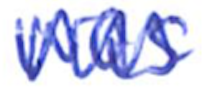
Text: was
Cross-out: zig-zag
Writing tool: ballpoint